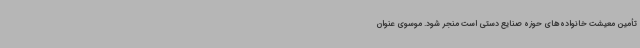
تأمین معیشت خانواده‌های حوزه صنایع دستی است منجر شود. موسوی عنوان